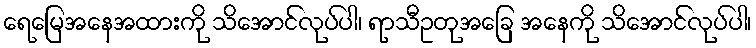
ရေမြေအနေအထားကို သိအောင်လုပ်ပါ၊ ရာသီဥတုအခြေ အနေကို သိအောင်လုပ်ပါ၊